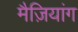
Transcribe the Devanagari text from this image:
मैज़ियांग